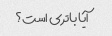
آیا باتری است؟